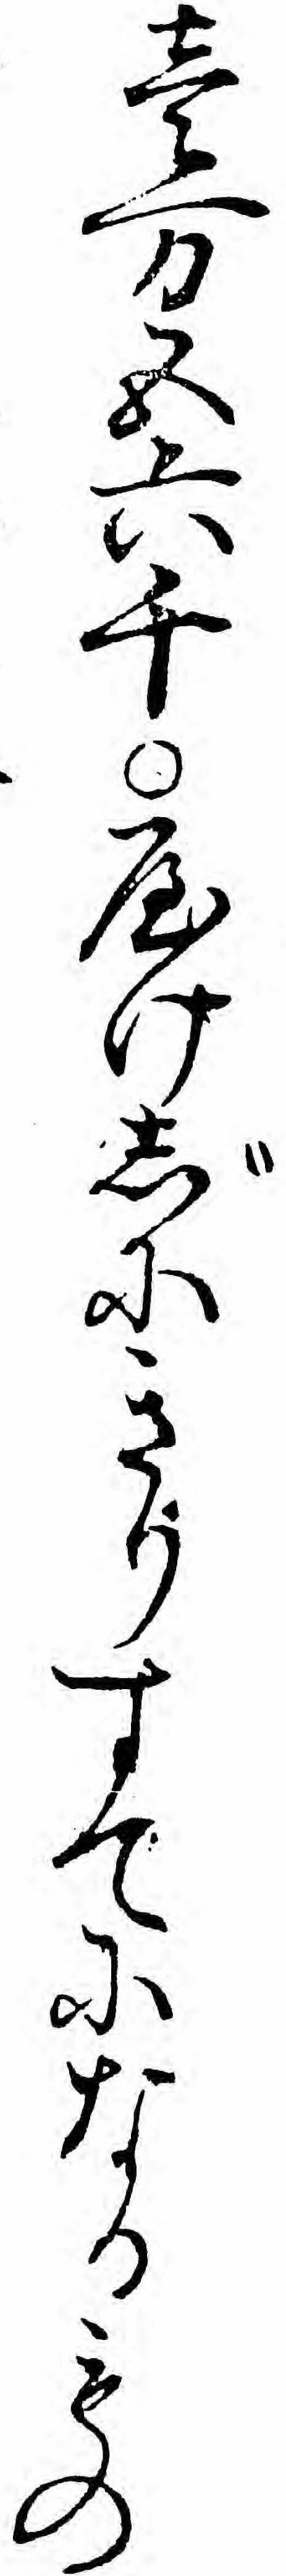
壱万五六千やけじにきりすてになるもの